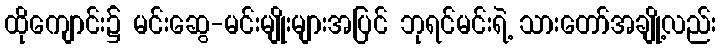
ထိုကျောင်း၌ မင်းဆွေ-မင်းမျိုးများအပြင် ဘုရင်မင်းရဲ့ သားတော်အချို့လည်း